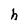
Character: h